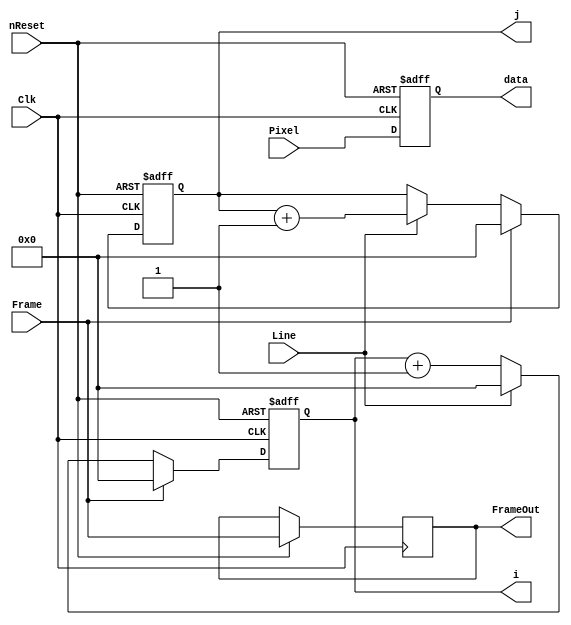
module OutHandle(                                                  // Common to all
	input wire			nReset,   
	input wire			Clk,                                                        // Common to all
	input wire	[7:0]	Pixel,
	input wire			Frame,
	input wire			Line,
	output reg			FrameOut,
	output reg	[7:0]	data,
	output reg	[7:0]	i,
	output reg	[7:0] 	j
);
	
	reg [7:0] col;
	reg [7:0] row;
	
	always @ (posedge Clk or negedge nReset) begin
		if(!nReset) begin
			i <= 0;
			j <= 0;
			data <= 0;
		end else begin
			FrameOut <= Frame;
			data <= Pixel;
			if(Frame) begin
				i <= 0;
				j <= 0;
			end else begin	
				if(Line) begin
					i <= 0;
					j <= j + 1;
				end else begin
					i <= i + 1;
				end
			end
		end
	
	end

endmodule